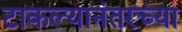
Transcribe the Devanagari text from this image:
टाकल्यानंतरच्या